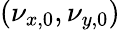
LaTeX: (\nu_{x,0},\nu_{y,0})